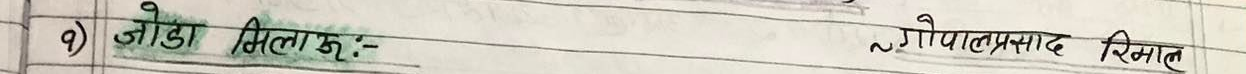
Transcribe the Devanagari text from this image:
9) जोडा मिलाइए:-
~ गोपालप्रसाद रिमाल